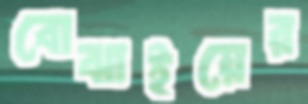
বোঝাইয়ের